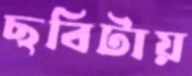
ছবিটায়